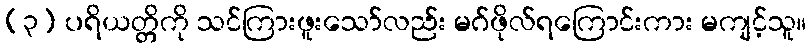
(၃) ပရိယတ္တိကို သင်ကြားဖူးသော်လည်း မဂ်ဖိုလ်ရကြောင်းကား မကျင့်သူ။